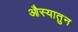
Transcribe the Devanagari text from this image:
औस्यातुन